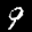
Label: 9